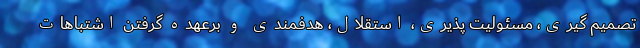
تصمیم گیری، مسئولیت پذیری، استقلال، هدفمندی و برعهده گرفتن اشتباهات